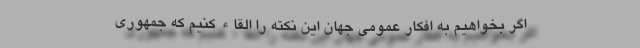
اگر بخواهیم به افکار عمومی جهان این نکته را القاء کنیم که جمهوری